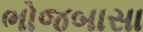
ભોજબાસા